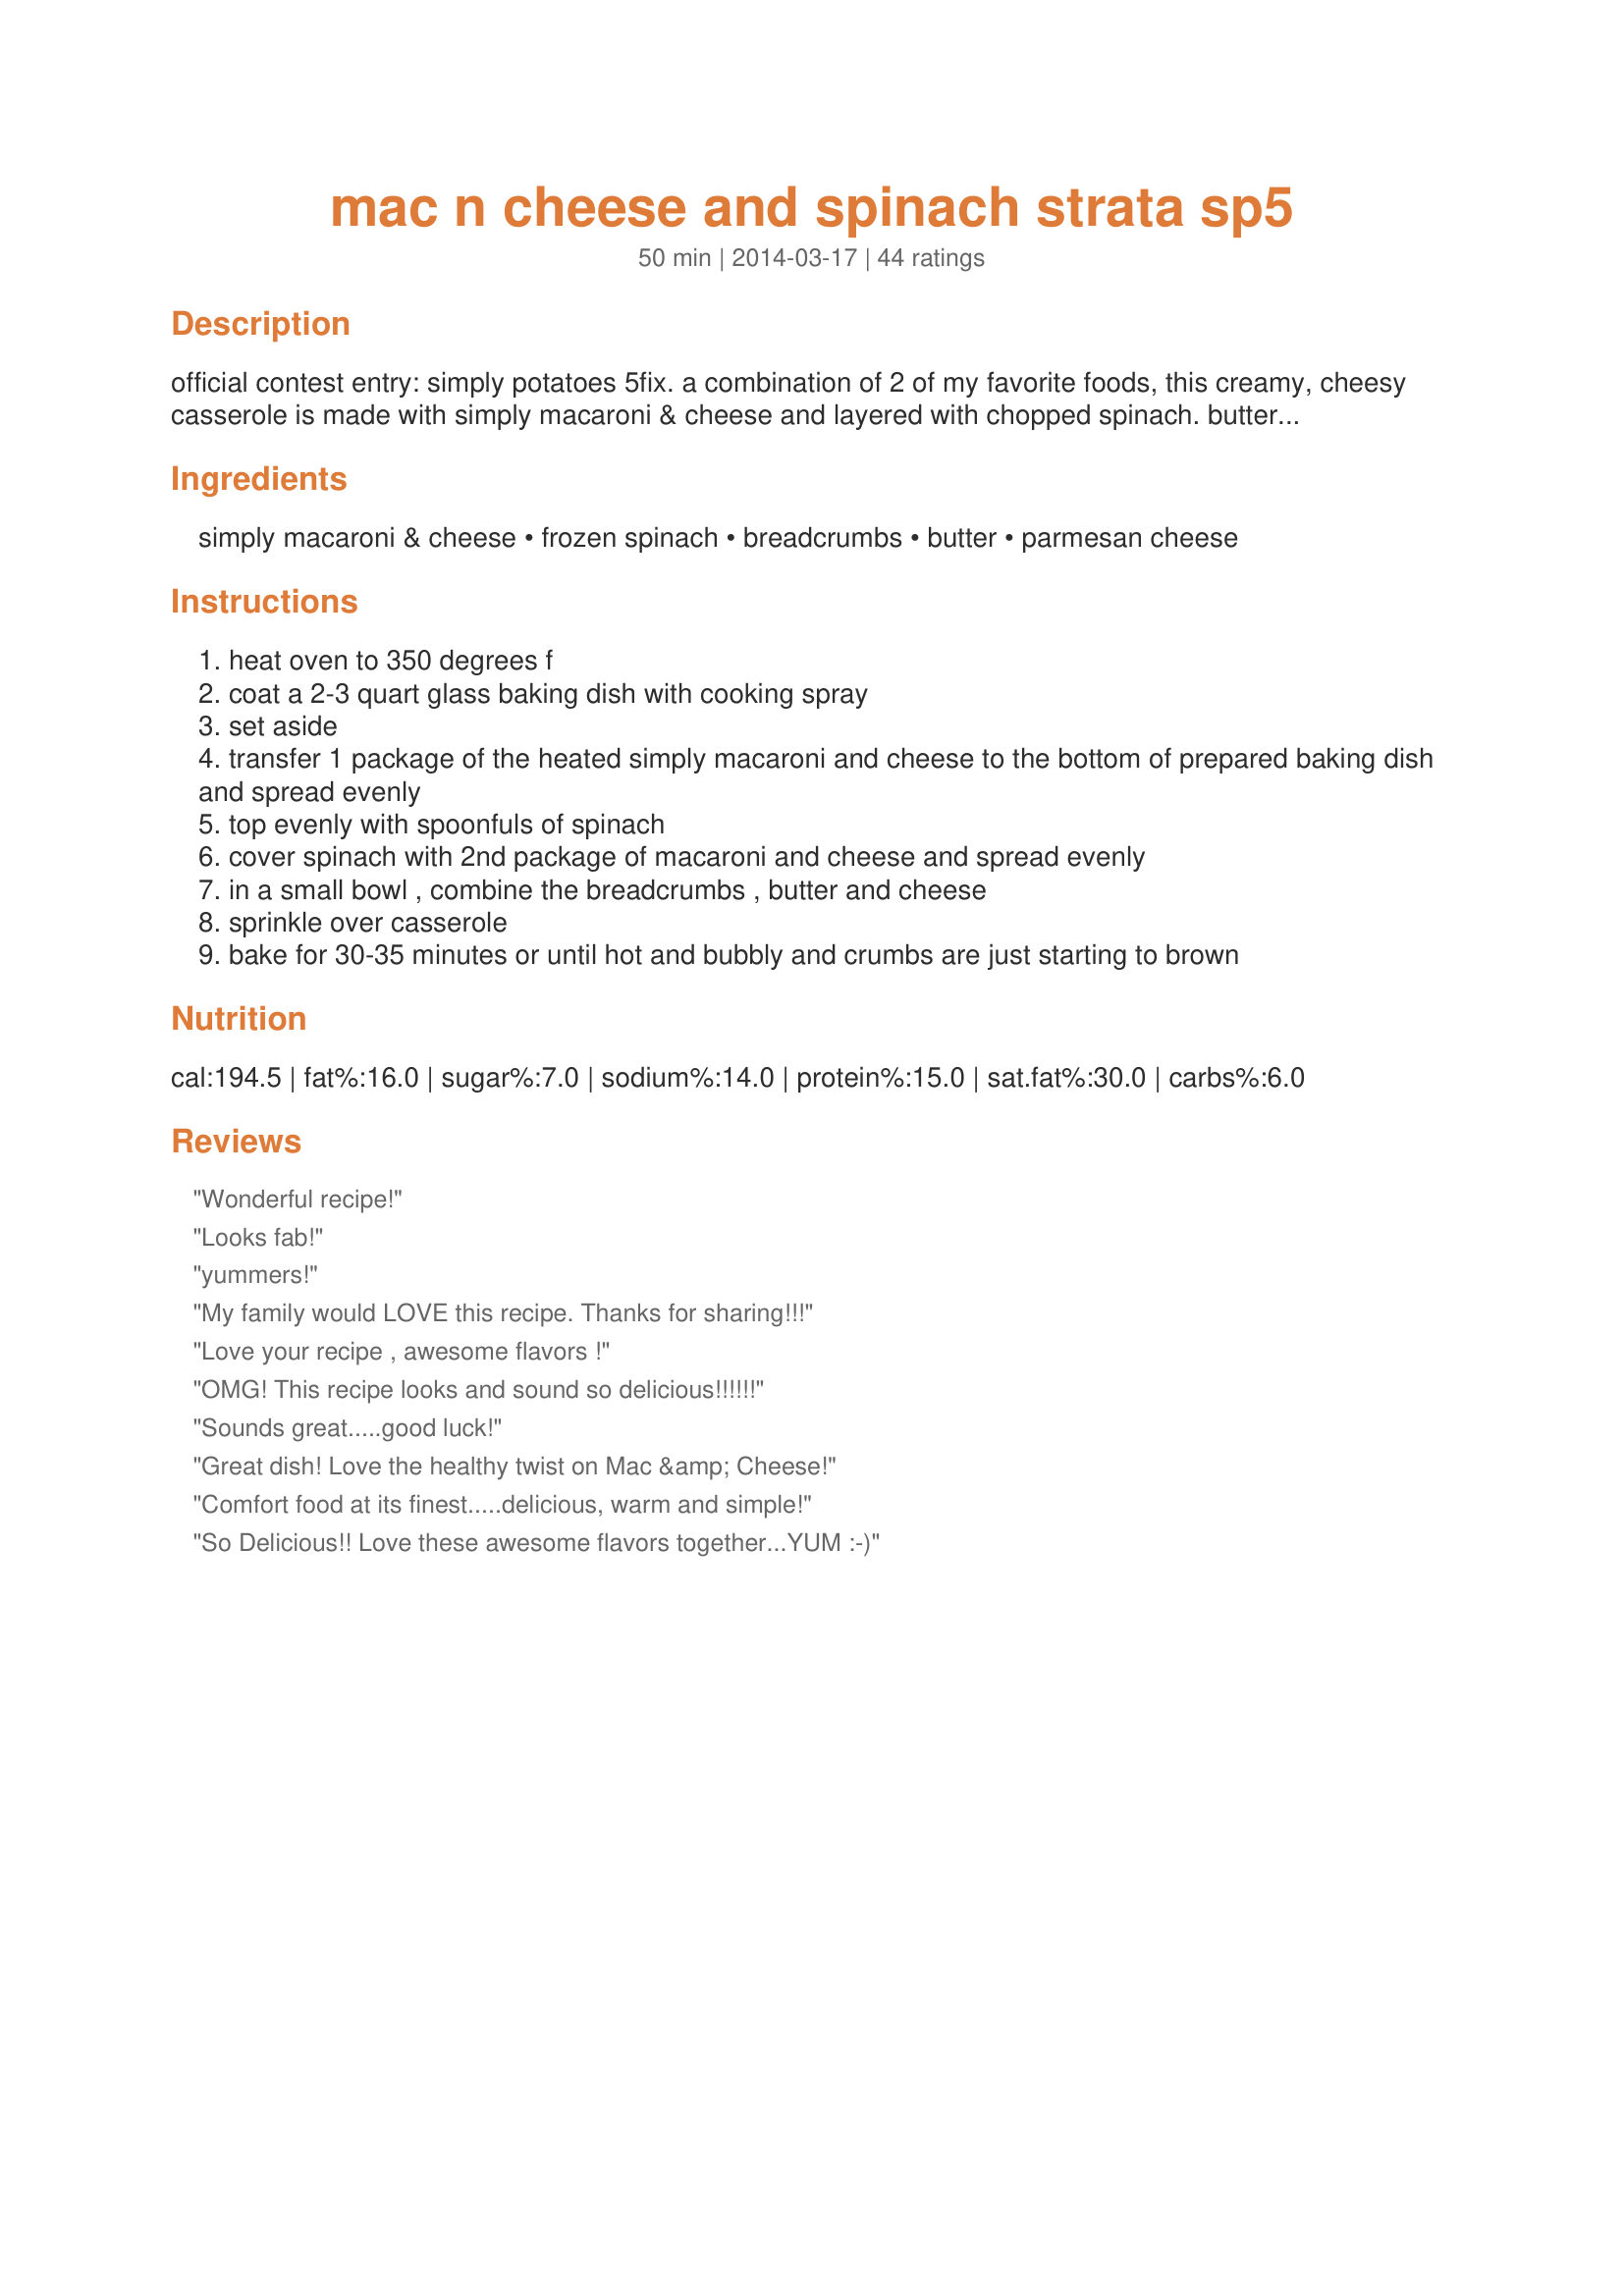
mac n cheese and spinach strata sp5
Preparation time: 50 minutes

official contest entry: simply potatoes 5fix. a combination of 2 of my favorite foods, this creamy, cheesy casserole is made with simply macaroni & cheese and layered with chopped spinach. buttery and cheesy breadcrumbs top this delicious dish and give it an added punch of flavor.

Ingredients:
simply macaroni & cheese, frozen spinach, breadcrumbs, butter, parmesan cheese

Steps:
heat oven to 350 degrees f
coat a 2-3 quart glass baking dish with cooking spray
set aside
transfer 1 package of the heated simply macaroni and cheese to the bottom of prepared baking dish and spread evenly
top evenly with spoonfuls of spinach
cover spinach with 2nd package of macaroni and cheese and spread evenly
in a small bowl , combine the breadcrumbs , butter and cheese
sprinkle over casserole
bake for 30-35 minutes or until hot and bubbly and crumbs are just starting to brown

Reviews:
Wonderful recipe!
Looks fab!
yummers!
My family would LOVE this recipe. Thanks for sharing!!!
Love your recipe , awesome flavors !
OMG! This recipe looks and sound so delicious!!!!!!
Sounds great.....good luck!
Great dish! Love the healthy twist on Mac &amp; Cheese!
Comfort food at its finest.....delicious, warm and simple!
So Delicious!! Love these awesome flavors together...YUM :-)
I love this recipe... taking it to pot luck!
A delicious recipe Susan! :)
SOooo delish!
Sounds yummy to me. Must try it.
Delicious ! Wonderful flavors !! Easy to make, everyone loved it !!
Yum!
This looks so easy - and yet so good!!!!
Yum, mac and cheese and this version is delish!
Absolutely yummy. I am coming over now. Eating he whole thing is not such a bad idea.
Looks great!
Oh my gosh, I could eat the whole thing. Love this idea!
Absolutely wonderful recipe!!
This sounds delicious!
The kids will like it and the grown-ups will LOVE it!
Ummmmmmmmmmm
Comfort food at it&#039;s best ~ relish!
mmmmmm Love it! :)
A few of my favorite things in a simple recipe: priceless
Sounds amazing!
Absolutely delicious!!!!!!! this is a keeper and I will fix it often!!!!!!!!!!!
nice recipe.
Love this recipe!
Sounds wonderful!!!
Divine!! Thank you for the recipe!!
Awesome recipe !
I love recipe. It&#039;s packing tons of flavor and is super easy to prepare!
Simple,elegant - and OH SO GOOD!
This is making me drool, I can&#039;t wait to try it!
What a perfect flavor combo! Awesome!
Two of my favorite dishes in one - I will have to try this.
Very delicious recipe and healthy too!
How delicious !!! :0)
Perfect combo!
Sounds DELICIOUS! I can&#039;t wait to get home
